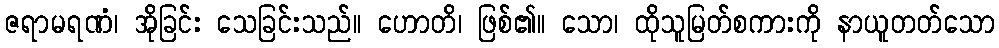
ဇရာမရဏံ၊ အိုခြင်း သေခြင်းသည်။ ဟောတိ၊ ဖြစ်၏။ သော၊ ထိုသူမြတ်စကားကို နာယူတတ်သော